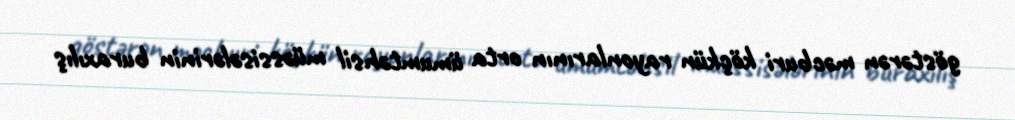
göstərən məcburi köçkün rayonlarının orta ümumtəhsil müəssisələrinin buraxılış